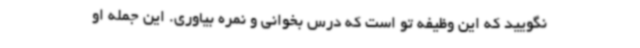
نگویید که این وظیفه تو است که درس بخوانی و نمره بیاوری. این جمله او